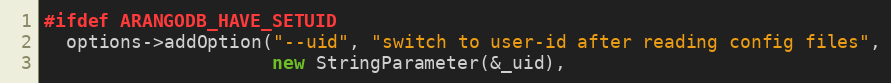
Language: C++
#ifdef ARANGODB_HAVE_SETUID
  options->addOption("--uid", "switch to user-id after reading config files",
                     new StringParameter(&_uid),